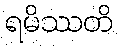
ရမိဿတိ